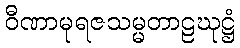
ဝီဏာမုရဇသမ္မတာဠဃုဋ္ဌံ